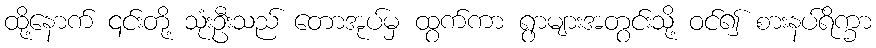
ထို့နောက် ၎င်းတို့ သုံးဦးသည် တောအုပ်မှ ထွက်ကာ ရွာများအတွင်းသို့ ဝင်၍ စားနပ်ရိက္ခာ